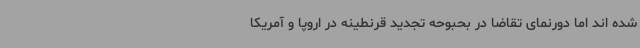
شده اند اما دورنمای تقاضا در بحبوحه تجدید قرنطینه در اروپا و آمریکا